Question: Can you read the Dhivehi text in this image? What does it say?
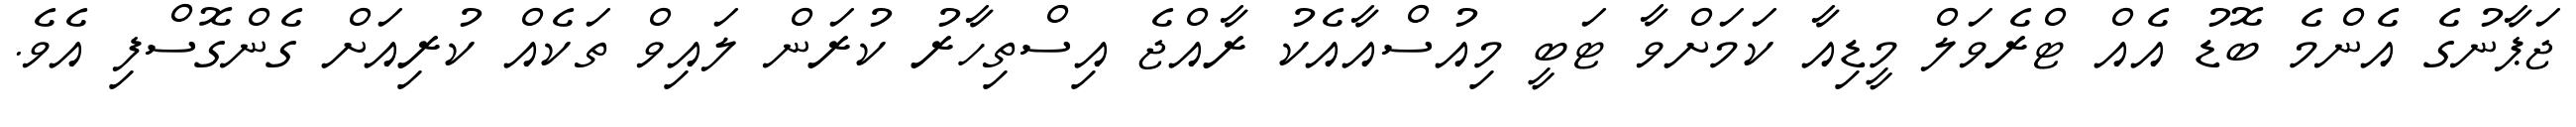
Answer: ޖަޕާނުގެ އެންމެ ބޮޑު އެއް ޓްރެވަލް މީޑިއާ ކަމަށްވާ ޓަބީ މިއުސްއާއެކު ރާއްޖެ އިސްތިހާރު ކުރަން ލައިވް ތަކެއް ކުރިއަށް ގެންގޮސްފި އެވެ.